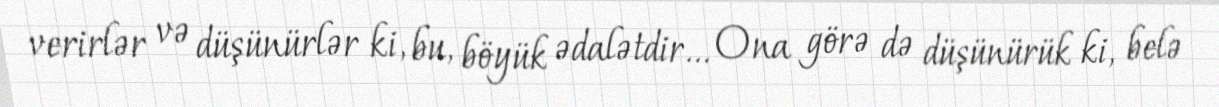
verirlər və düşünürlər ki, bu, böyük ədalətdir... Ona görə də düşünürük ki, belə